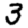
Digit: 3